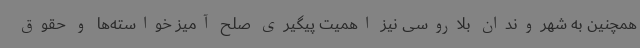
همچنین به شهروندان بلاروسی نیز اهمیت پیگیری صلح آمیز خواسته‌ها و حقوق